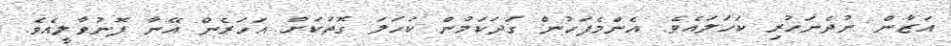
އަޒާން ނުދެނަހުރި ކަހަލައެވެ. އެންމެފަހުން ގަދަކަމުން ކަހަލަ ގޮތަކަށް އަހަރެން އޭނާ ފޮނުވާލީއެވެ.